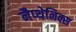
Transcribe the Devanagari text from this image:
नैप्थेनिक्स